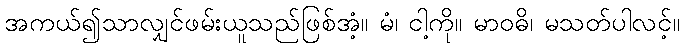
အကယ်၍သာလျှင်ဖမ်းယူသည်ဖြစ်အံ့။ မံ၊ ငါ့ကို။ မာဝဓိ၊ မသတ်ပါလင့်။